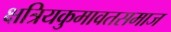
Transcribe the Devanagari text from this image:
क्षत्रियकुमावतसमाज